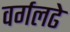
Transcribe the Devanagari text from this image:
वर्गलढे